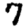
Digit: 7